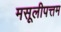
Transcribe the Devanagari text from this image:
मसूलीपत्तम